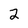
Character: 2